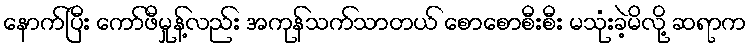
နောက်ပြီး ကော်ဖီမှုန့်လည်း အကုန်သက်သာတယ် စောစောစီးစီး မသုံးခဲ့မိလို့ ဆရာက